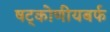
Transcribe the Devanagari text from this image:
षट्कोणीयबर्फ